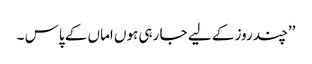
’’چند روز کے لیے جا رہی ہوں اماں کے پاس ۔